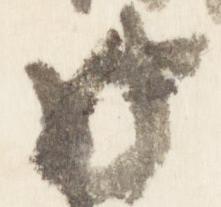
此